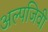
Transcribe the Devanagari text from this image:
अल्पजिवी